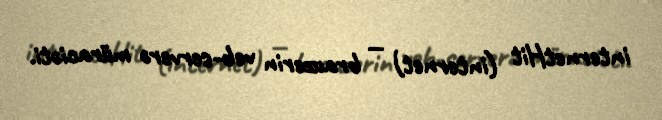
internetHit (internet) — brauzerin veb-serverə müraciəti.